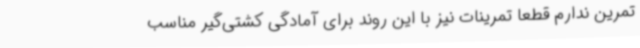
تمرین ندارم قطعا تمرینات نیز با این روند برای آمادگی کشتی‌گیر مناسب